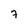
Character: 7